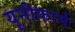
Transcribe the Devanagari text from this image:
यूनीफार्म